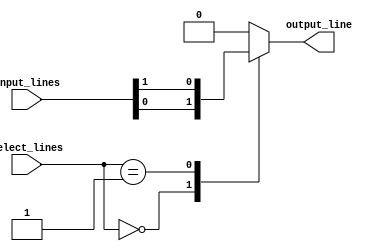
module multiplexer_64_1 (
    input [63:0] input_lines,
    input [5:0] select_lines,
    output reg output_line
);

always @(*) begin
    case(select_lines)
        6'b000000: output_line = input_lines[0];
        6'b000001: output_line = input_lines[1];
        // continue for all 64 input lines
        default: output_line = 1'b0; // default case if select lines do not match any of the inputs
    endcase
end

endmodule